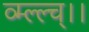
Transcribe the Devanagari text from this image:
व्म्ल्ल्च्।।